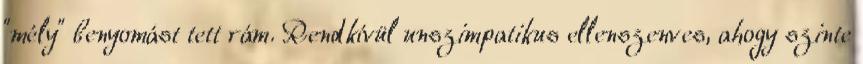
"mély" benyomást tett rám. Rendkívül unszimpatikus ellenszenves, ahogy szinte